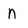
Character: n